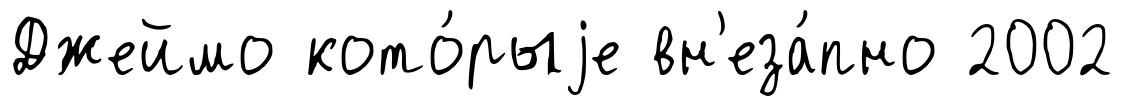
Джеймо кото́рыjе вн'еза́пно 2002